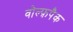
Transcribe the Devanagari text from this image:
वोल्फ़पैक